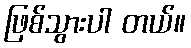
ဖြစ်သွားပါ တယ်။